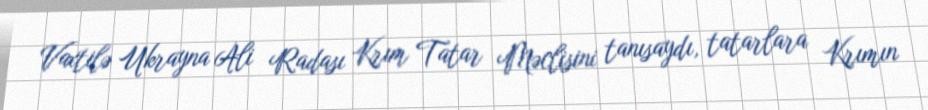
Vaxtilə Ukrayna Ali Radası Krım Tatar Məclisini tanısaydı, tatarlara Krımın